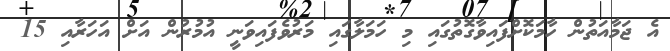
އެ ޖަމާއަތުން ހާމަކޮށްފައިވާގޮތުގައި މި ހަމަލާގައި މަރުވެފައިވަނީ އުމުރުން އަށް އަހަރާއި 15